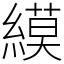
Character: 縸